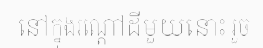
នៅក្នុងរណ្តៅដីមួយនោះ រួច